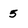
Character: 5